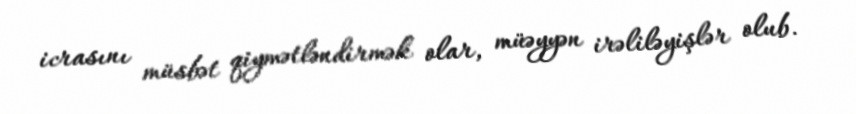
icrasını müsbət qiymətləndirmək olar, müəyyən irəliləyişlər olub.